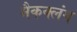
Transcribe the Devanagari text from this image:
मैकक्लंग